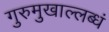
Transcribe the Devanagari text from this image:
गुरुमुखाल्लब्धं